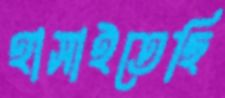
হাসাইতেছি